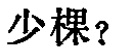
少棵？